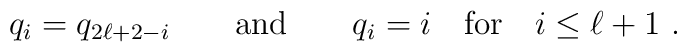
q_{i}=q_{2\ell +2-i}\qquad {\rm and} \qquad q_{i}=i\quad {\rm for }\quad i\leq\ell +1~.